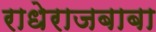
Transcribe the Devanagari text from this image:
राधेराजबाबा